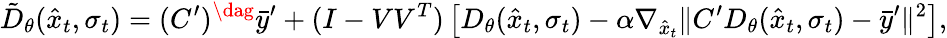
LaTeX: \tilde{D}_{\theta}(\hat{x}_{t},\sigma_{t})=(C^{\prime})^{\dag}\bar{y}^{\prime}+(I-VV^{T})\left[D_{\theta}(\hat{x}_{t},\sigma_{t})-\alpha\nabla_{\hat{x}_{t}}\| C^{\prime}D_{\theta}(\hat{x}_{t},\sigma_{t})-\bar{y}^{\prime}\| ^{2}\right],